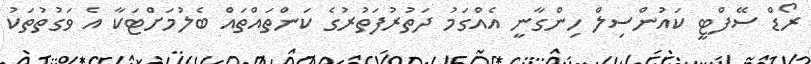
ރޯޑް ސޭފްޓީ ކައުންސިލް ހިންގާނީ އެއްގަމު ދަތުރުފަތުރުގެ ކަންތައްތައް ބެލުމަށްޓަކާ އެ ވަގުތުތަކު